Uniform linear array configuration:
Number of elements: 32
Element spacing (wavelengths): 0.5
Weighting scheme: kaiser
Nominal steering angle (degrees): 45
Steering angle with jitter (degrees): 46.033
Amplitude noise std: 0.05
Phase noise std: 0.05

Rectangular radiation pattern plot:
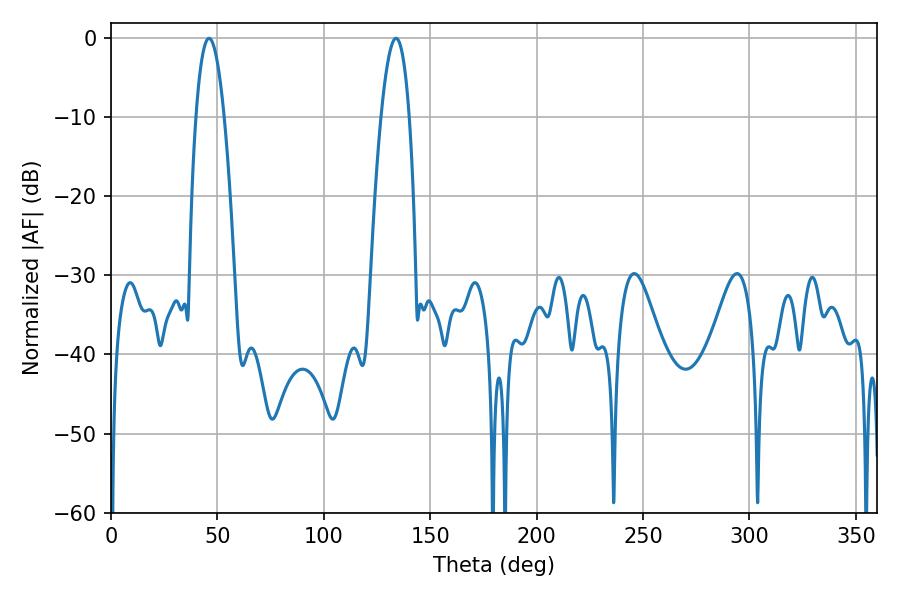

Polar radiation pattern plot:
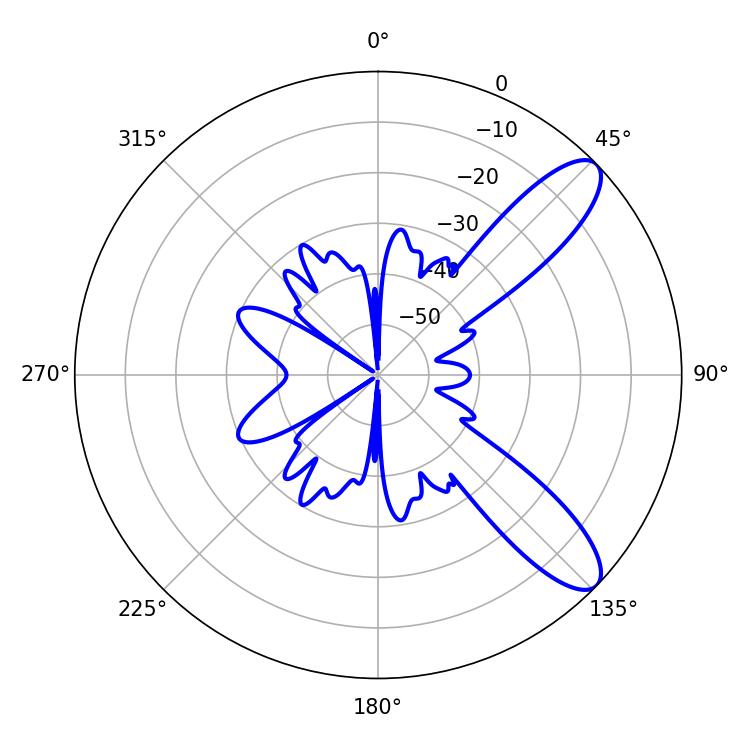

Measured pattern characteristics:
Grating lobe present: FALSE
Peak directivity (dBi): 10.046
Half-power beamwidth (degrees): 7.38
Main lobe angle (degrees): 133.92